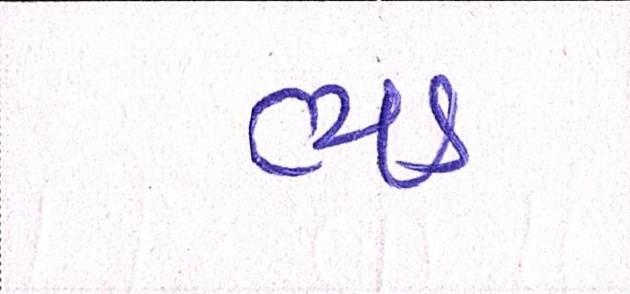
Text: ભડ